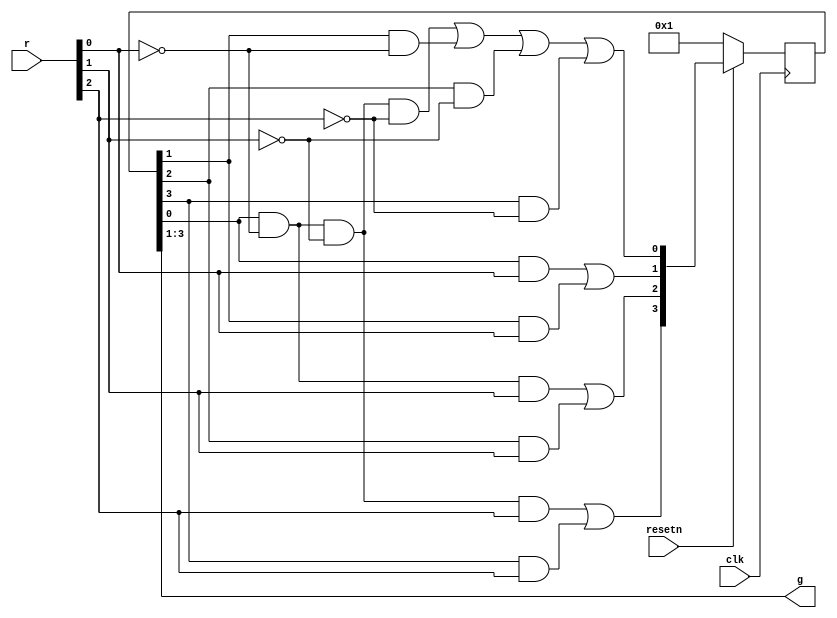
module top_module (
    input clk,
    input resetn,    // active-low synchronous reset
    input [3:1] r,   // request
    output [3:1] g   // grant
); 
    
    reg [3 : 0] curr_state;
    reg [3 : 0] next_state;
    
    parameter A = 0;
    parameter B = 1;
    parameter C = 2;
    parameter D = 3;
    
    always@(posedge clk)
    begin
        if(~resetn)
            curr_state <= 4'd1;
        else
            curr_state <= next_state;
    end
    
    always@(*)
    begin
        next_state[A] = (curr_state[A] & ~r[1] & ~r[2] & ~r[3]) ||(curr_state[B] & ~r[1]) || (curr_state[C] & ~r[2]) || (curr_state[D] & ~r[3]);
        next_state[B] = (curr_state[A] &  r[1]) || (curr_state[B] &  r[1]);
        next_state[C] = (curr_state[A] &  ~r[1] &  r[2]) || (curr_state[C] &  r[2]);
        next_state[D] = (curr_state[A] &  ~r[1] & ~r[2] & r[3]) || (curr_state[D] &  r[3]);
    end
    
    assign g = curr_state[3 : 1];

endmodule